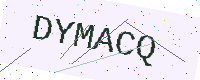
Text: DYMACQ